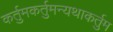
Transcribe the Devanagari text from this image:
कर्तुमकर्तुमन्यथाकर्तुम